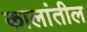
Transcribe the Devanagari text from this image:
कालांतील